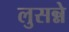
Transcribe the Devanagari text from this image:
लुसन्ने